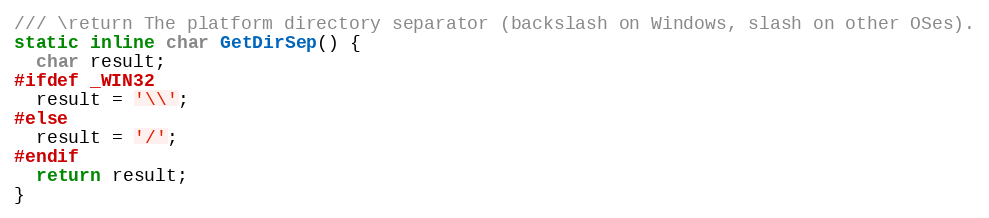
Language: C
/// \return The platform directory separator (backslash on Windows, slash on other OSes).
static inline char GetDirSep() {
  char result;
#ifdef _WIN32
  result = '\\';
#else
  result = '/';
#endif
  return result;
}